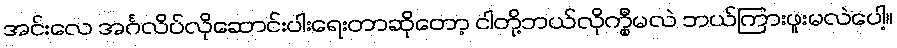
အင်းလေ အင်္ဂလိပ်လိုဆောင်းပါးရေးတာဆိုတော့ ငါတို့ဘယ်လိုက္မှီမလဲ ဘယ်ကြားဖူးမလဲပေါ့။